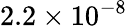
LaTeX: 2.2\times 10^{-8}